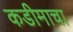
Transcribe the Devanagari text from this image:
कडीमाचा